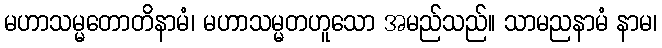
မဟာသမ္မတောတိနာမံ၊ မဟာသမ္မတဟူသော အမည်သည်။ သာမညနာမံ နာမ၊